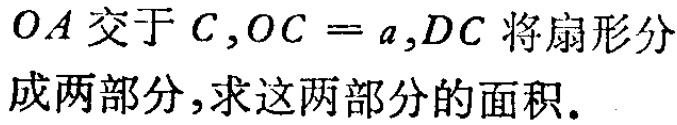
$OA$交于$C,OC = a,DC$将扇形分成两部分,求这两部分的面积.